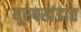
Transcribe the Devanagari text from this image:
यूरपखंडात